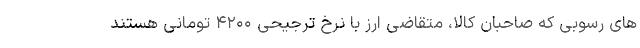
های رسوبی که صاحبان کالا، متقاضی ارز با نرخ ترجیحی ۴۲۰۰ تومانی هستند